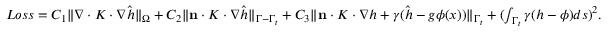
\begin{array} { r } { L o s s = C _ { 1 } \| \nabla \cdot K \cdot \nabla \hat { h } \| _ { \Omega } + C _ { 2 } \| \mathbf { n } \cdot K \cdot \nabla \hat { h } \| _ { \Gamma - \Gamma _ { t } } + C _ { 3 } \| \mathbf { n } \cdot K \cdot \nabla h + \gamma ( \hat { h } - g \phi ( x ) ) \| _ { \Gamma _ { t } } + ( \int _ { \Gamma _ { t } } \gamma ( h - \phi ) d s ) ^ { 2 } . } \end{array}